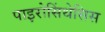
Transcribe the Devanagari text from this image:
पाइरोसिंथेसिस